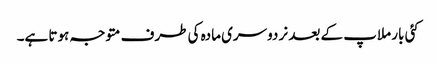
کئی بار ملاپ کے بعد نر دوسری مادہ کی طرف متوجہ ہوتا ہے۔